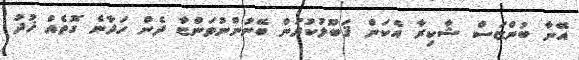
އޭނާ ބުންޏަސް ޝާކިރާ އެކަން ޤަބޫލުކުރަން ބޭނުންނުވަންޏާ ދެން ހަދާނެ ގޮތެއް ޚުދު